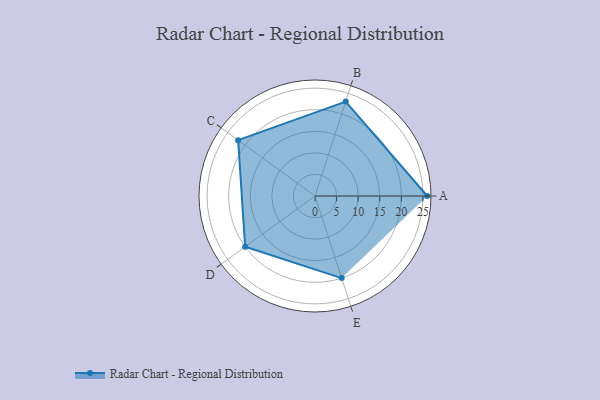
{"axis": {"x": "Skill", "y": "Score"}, "legend": ["Profile"], "data": [{"x": "A", "y": 26.0, "type": "Profile"}, {"x": "B", "y": 23.0, "type": "Profile"}, {"x": "C", "y": 22.0, "type": "Profile"}, {"x": "D", "y": 20, "type": "Profile"}, {"x": "E", "y": 20, "type": "Profile"}]}